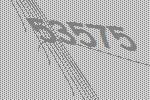
53575